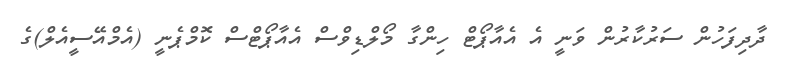
ދާދިފަހުން ސަރުކާރުން ވަނީ އެ އެއާޕޯޓް ހިންގާ މޯލްޑިވްސް އެއާޕޯޓްސް ކޮމްޕެނީ (އެމްއޭސީއެލް)ގެ